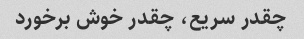
چقدر سریع، چقدر خوش برخورد